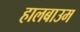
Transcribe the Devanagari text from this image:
हालबाउम